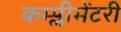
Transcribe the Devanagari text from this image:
कम्प्लीमेंटरी